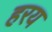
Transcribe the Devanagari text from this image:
हरय